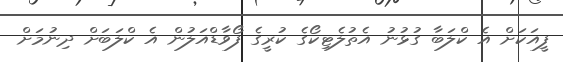
ފީއަކަށް އެ ކްލަބާ ގުޅުނު އެތުލެޓިކޯގެ ކުރީގެ ފޯވާޑްއަލުން އެ ކްލަބަށް ދިނުމަށް